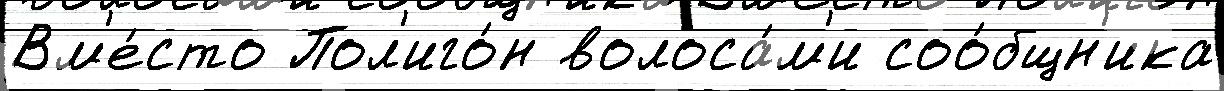
Вм'е́сто Пол'иго́н волоса́м'и соо́бщн'ика